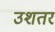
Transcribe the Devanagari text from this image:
उशतर